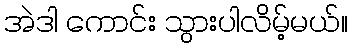
အဲဒါ ကောင်း သွားပါလိမ့်မယ်။